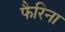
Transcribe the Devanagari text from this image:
फैरिना